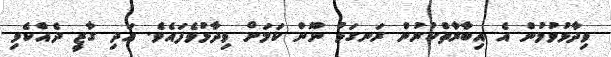
ވިދާޅުވުމުން އެ އިބާރާތްކުރުން ރަނގަޅު ނޫން ކަމަށް ވިދާޅުވެފައެވެ. އަދި ގާޒީ ދެއްކެވި